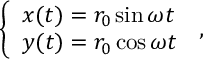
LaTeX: \left\{ \begin{array} { l l } { { x ( t ) = r _ { 0 } \sin \omega { t } } } \\ { { y ( t ) = r _ { 0 } \cos \omega { t } } } \end{array} \right. \, { , }